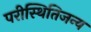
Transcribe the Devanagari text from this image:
परीस्थितिजन्य